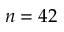
n = 4 2